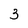
Character: 3